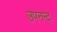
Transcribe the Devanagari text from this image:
उपनन्द